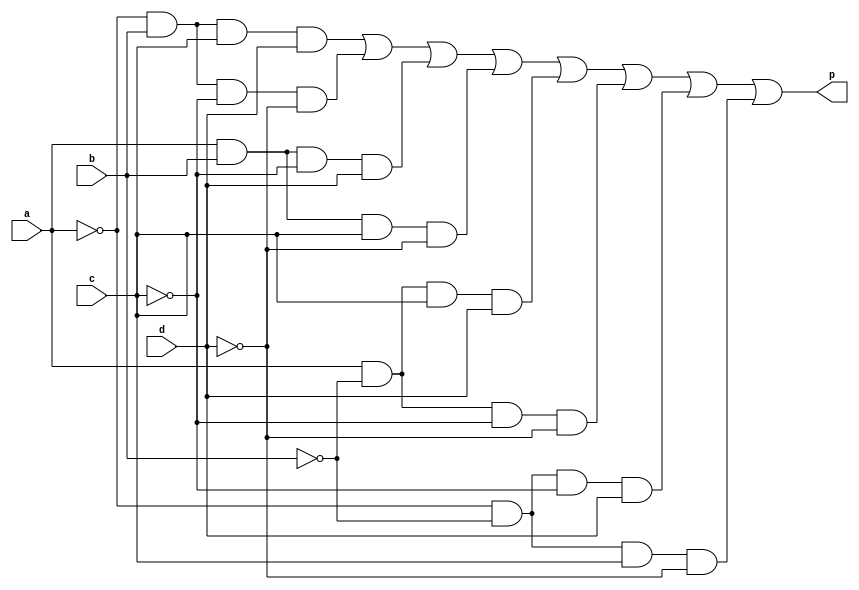
`timescale 1ns / 1ps

/*
Company: Sogang University
Engineer: G_EEE3
Create Date: 2021/10/28 15:35:09
Module Name: parity_bit_generator
*/

module parity_bit_generator(
    input a, b, c, d,
    output p
);

assign p = (~a & b & c & d) | (~a & b & ~c & ~d) | (a & b & ~c & d) | (a & b & c & ~d) | (a & ~b & c & d) | (a & ~b & ~c & ~d) | (~a & ~b & ~c & d) | (~a & ~b & c & ~d);

endmodule